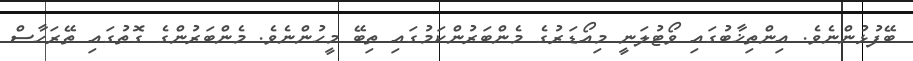
ބޭފުޅުންނެވެ. އިންތިޚާބުގައި ވޯޓުލަނީ މިއޯޑަރުގެ މެންބަރުންކަމުގައި ތިބޭ މީހުންނެވެ. މެންބަރުންގެ ގޮތުގައި ތޭރަހާސް